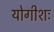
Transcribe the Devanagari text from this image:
योगीशः